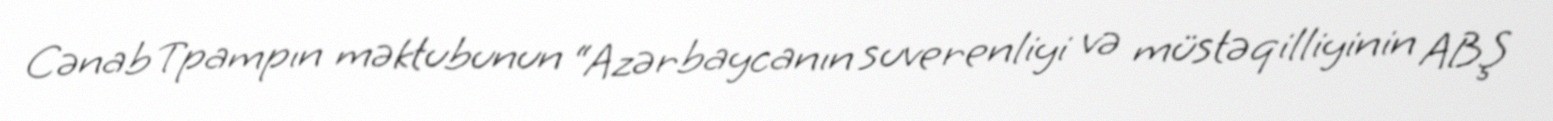
Cənab Tpampın məktubunun “Azərbaycanın suverenliyi və müstəqilliyinin ABŞ